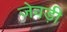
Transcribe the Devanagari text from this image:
जेवड़ी